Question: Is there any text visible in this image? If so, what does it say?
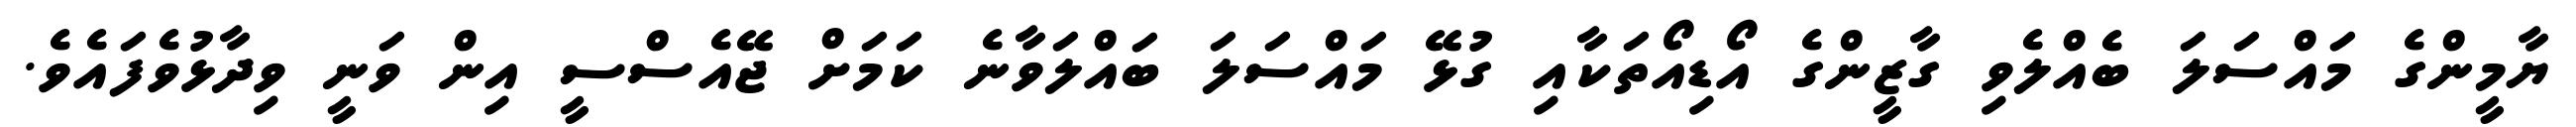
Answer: ޔާމީންގެ މައްސަލަ ބެއްލެވި ގާޒީންގެ އޯޑިއޯތަކާއި ގުޅޭ މައްސަލަ ބައްލަވާނެ ކަމަށް ޖޭއެސްސީ އިން ވަނީ ވިދާޅުވެފައެވެ.